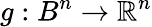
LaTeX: g:B^{n}\to\mathbb{R}^{n}